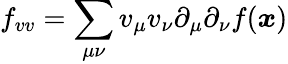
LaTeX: f_{vv}=\sum_{\mu\nu}v_{\mu}v_{\nu}\partial_{\mu}\partial_{\nu}f({\boldsymbol{\mathit{x}}})